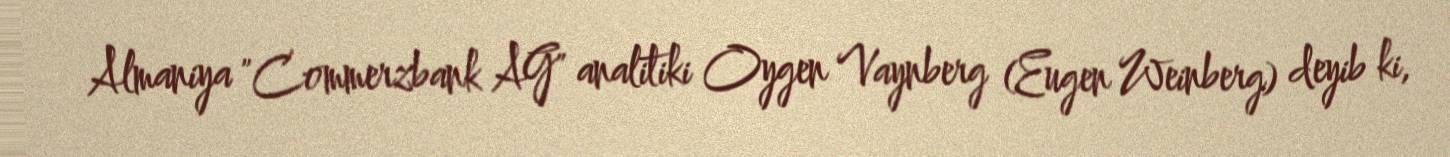
Almaniya "Commerzbank AG" analitiki Oygen Vaynberg (Eugen Weinberg) deyib ki,